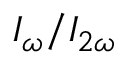
I _ { \omega } / I _ { 2 \omega }